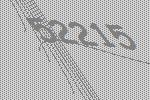
52215